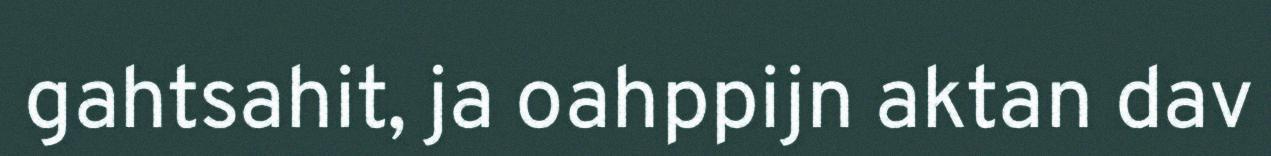
gahtsahit, ja oahppijn aktan dav